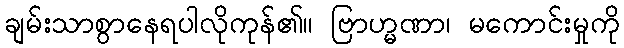
ချမ်းသာစွာနေရပါလိုကုန်၏။ ဗြာဟ္မဏာ၊ မကောင်းမှုကို